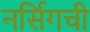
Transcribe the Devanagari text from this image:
नर्सिगची